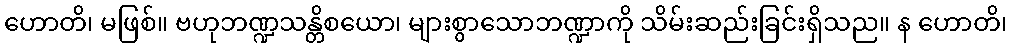
ဟောတိ၊ မဖြစ်။ ဗဟုဘဏ္ဍသန္တိစယော၊ များစွာသောဘဏ္ဍာကို သိမ်းဆည်းခြင်းရှိသည။ န ဟောတိ၊